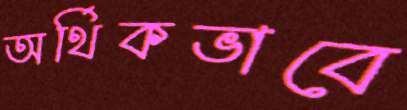
অর্থিকভাবে